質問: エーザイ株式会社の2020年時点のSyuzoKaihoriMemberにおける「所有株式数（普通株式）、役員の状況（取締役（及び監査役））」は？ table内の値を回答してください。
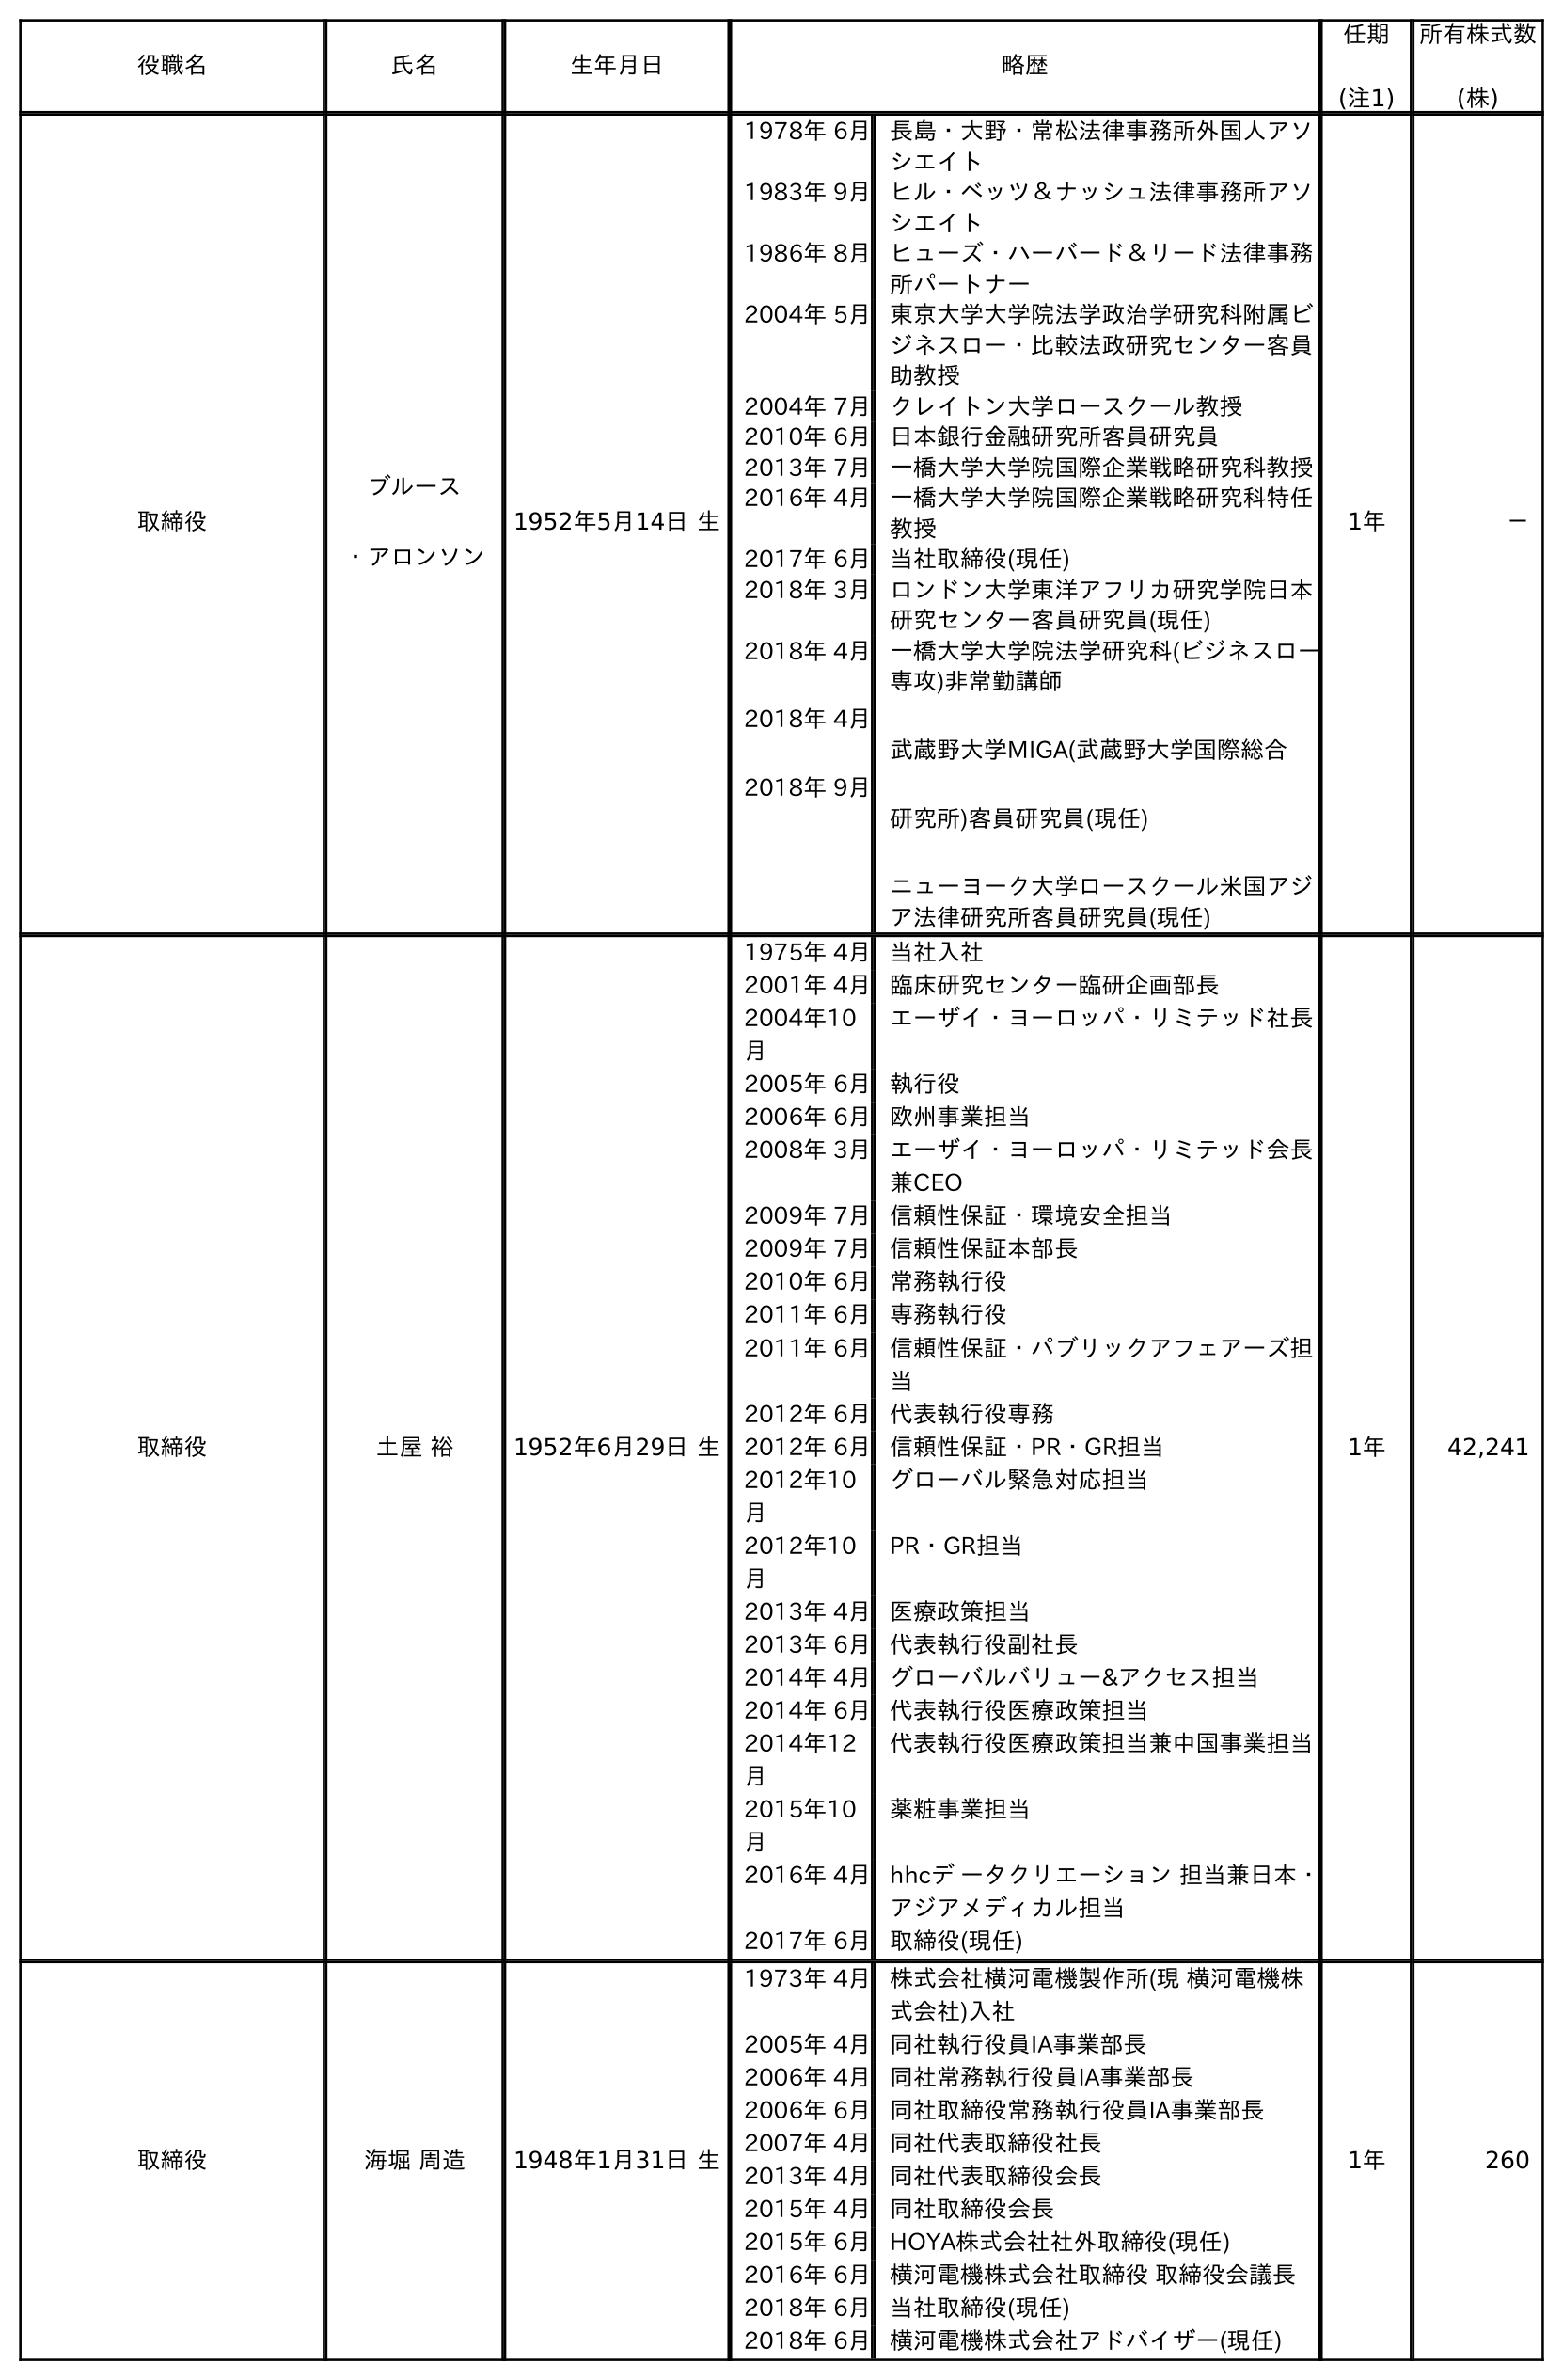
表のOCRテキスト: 役職名 氏名 生年月日 略歴 任期 (注1) 所有株式数 (株) 取締役 ブルース ・アロンソン 1952年5月14日 生 1978年 6月長島・大野・常松法律事務所外国人アソ シエイト 1983年 9月ヒル・ベッツ＆ナッシュ法律事務所アソ シエイト 1986年 8月ヒューズ・ハーバード＆リード法律事務 所パートナー 2004年 5月東京大学大学院法学政治学研究科附属ビ ジネスロー・比較法政研究センター客員 助教授 2004年 7月クレイトン大学ロースクール教授 2010年 6月日本銀行金融研究所客員研究員 2013年 7月一橋大学大学院国際企業戦略研究科教授 2016年 4月一橋大学大学院国際企業戦略研究科特任 教授 2017年 6月当社取締役(現任) 2018年 3月ロンドン大学東洋アフリカ研究学院日本 研究センター客員研究員(現任) 2018年 4月 2018年 4月 2018年 9月 一橋大学大学院法学研究科(ビジネスロー 専攻)非常勤講師 武蔵野大学MIGA(武蔵野大学国際総合 研究所)客員研究員(現任) ニューヨーク大学ロースクール米国アジ ア法律研究所客員研究員(現任) 1年 － 取締役 土屋 裕 1952年6月29日 生 1975年 4月当社入社 2001年 4月臨床研究センター臨研企画部長 2004年10 月 エーザイ・ヨーロッパ・リミテッド社長 2005年 6月執行役 2006年 6月欧州事業担当 2008年 3月エーザイ・ヨーロッパ・リミテッド会長 兼CEO 2009年 7月信頼性保証・環境安全担当 2009年 7月信頼性保証本部長 2010年 6月常務執行役 2011年 6月専務執行役 2011年 6月信頼性保証・パブリックアフェアーズ担 当 2012年 6月代表執行役専務 2012年 6月信頼性保証・PR・GR担当 2012年10 月 グローバル緊急対応担当 2012年10 月 PR・GR担当 2013年 4月医療政策担当 2013年 6月代表執行役副社長 2014年 4月グローバルバリュー&アクセス担当 2014年 6月代表執行役医療政策担当 2014年12 月 代表執行役医療政策担当兼中国事業担当 2015年10 月 薬粧事業担当 2016年 4月hhcデ ータクリエーション 担当兼日本・ アジアメディカル担当 2017年 6月取締役(現任) 1年 42,241 取締役 海堀 周造 1948年1月31日 生 1973年 4月株式会社横河電機製作所(現 横河電機株 式会社)入社 2005年 4月同社執行役員IA事業部長 2006年 4月同社常務執行役員IA事業部長 2006年 6月同社取締役常務執行役員IA事業部長 2007年 4月同社代表取締役社長 2013年 4月同社代表取締役会長 2015年 4月同社取締役会長 2015年 6月HOYA株式会社社外取締役(現任) 2016年 6月横河電機株式会社取締役 取締役会議長 2018年 6月当社取締役(現任) 2018年 6月横河電機株式会社アドバイザー(現任) 1年 260
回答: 260